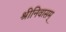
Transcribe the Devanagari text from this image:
श्रीनिवासम्‌